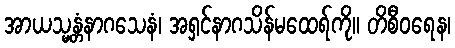
အာယသ္မန္တံနာဂသေနံ၊ အရှင်နာဂသိန်မထေရ်ကို။ တိစီဝရေန၊